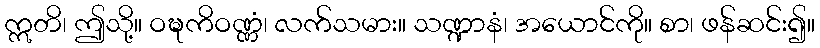
ဣတိ၊ ဤသို့။ ဝဍ္ဎကိဝဏ္ဏံ၊ လက်သမား။ သဏ္ဍာနံ၊ အယောင်ကို။ စာ၊ ဖန်ဆင်း၍။